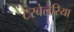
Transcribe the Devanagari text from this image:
टरबेलैरिया